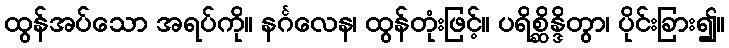
ထွန်အပ်သော အရပ်ကို။ နင်္ဂလေန၊ ထွန်တုံးဖြင့်။ ပရိစ္ဆိန္ဒိတွာ၊ ပိုင်းခြား၍။